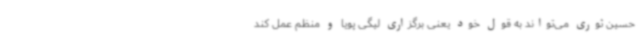
حسین ثوری می‌تواند به قول خود یعنی برگزاری لیگی پویا و منظم عمل کند